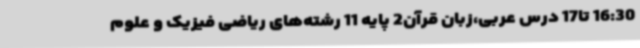
16:30 تا17 درس عربی،زبان قرآن2 پایه 11 رشته‌های ریاضی فیزیک و علوم